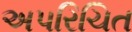
અપરિચિત